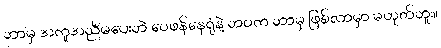
ဘာမှ အကူအညီမပေးဘဲ ဝေဖန်နေရုံနဲ့ ဘဝက ဘာမှ ဖြစ်လာမှာ မဟုတ်ဘူး။